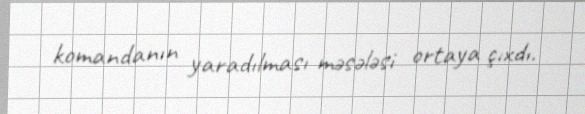
komandanın yaradılması məsələsi ortaya çıxdı.